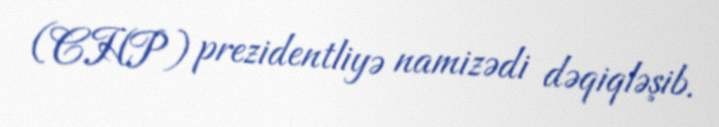
(CHP) prezidentliyə namizədi dəqiqləşib.